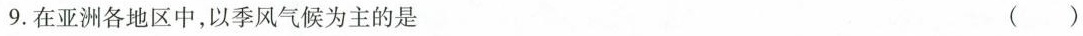
9.在亚洲各地区中，以季风气候为主的是 ( )